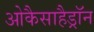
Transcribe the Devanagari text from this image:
ओकैसाहैड्रॉन